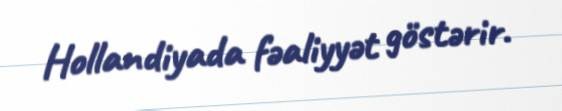
Hollandiyada fəaliyyət göstərir.